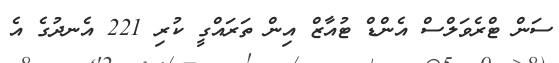
ސަން ޓްރެވަލްސް އެންޑް ޓުއާޒް އިން ތަރައްގީ ކުރި 221 އެނދުގެ އެ